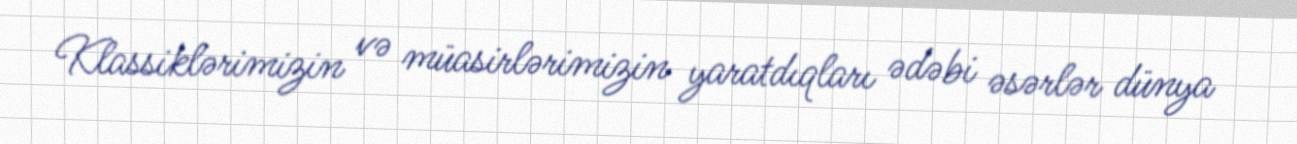
Klassiklərimizin və müasirlərimizin yaratdıqları ədəbi əsərlər dünya